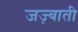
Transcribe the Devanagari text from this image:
जज़्बाती